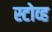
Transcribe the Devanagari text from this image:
स्टोव्ह